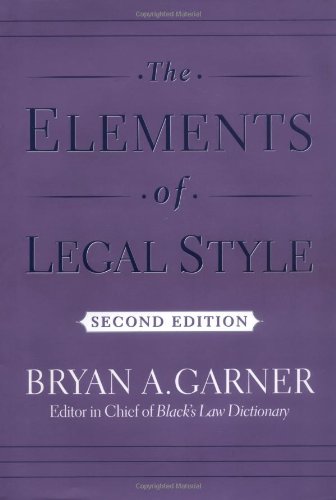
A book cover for The Elements of Legal Style; Bryan A. Garner; Medical Books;